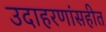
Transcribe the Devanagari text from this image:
उदाहरणांसहीत